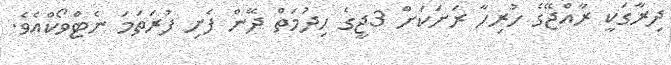
ދިރާގަކީ ރާއްޖޭގެ ހުރިހާ ރަށަކަށް 3ޖީގެ ހިދުމަތް ދޭން ފެށި ފުރަތަމަ ނެޓްވޯކްއެވެ.